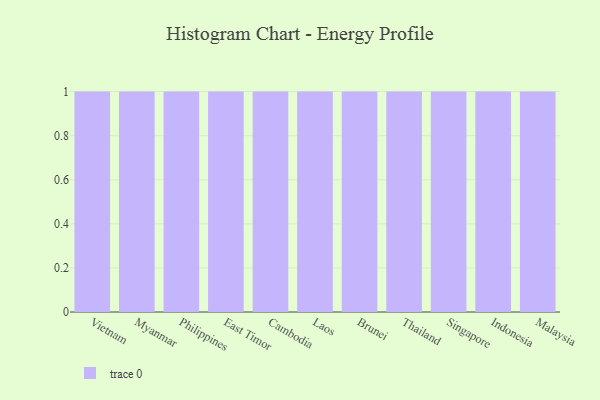
{"axis": {"x": "Country", "y": "Revenue (USD Million)"}, "legend": [""], "data": [{"x": "Vietnam", "y": 69, "type": ""}, {"x": "Myanmar", "y": 17, "type": ""}, {"x": "Philippines", "y": 47, "type": ""}, {"x": "East Timor", "y": 52, "type": ""}, {"x": "Cambodia", "y": 67, "type": ""}, {"x": "Laos", "y": 91, "type": ""}, {"x": "Brunei", "y": 91, "type": ""}, {"x": "Thailand", "y": 27, "type": ""}, {"x": "Singapore", "y": 60, "type": ""}, {"x": "Indonesia", "y": 63, "type": ""}, {"x": "Malaysia", "y": 86, "type": ""}]}